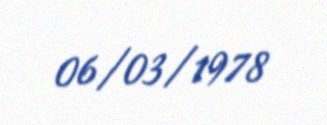
06/03/1978